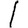
Digit: 1